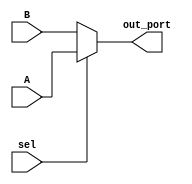
`timescale 1ns / 1ps
//////////////////////////////////////////////////////////////////////////////////
// 
// Design Name: 	 SUBLEQ-OISC
// Module Name:    mux_2x1 
// Project Name: 	 SUBLEQ
//////////////////////////////////////////////////////////////////////////////////
module mux_2x1(
    input [7:0] A,
    input [7:0] B,
    input sel,
    output [7:0] out_port
    );
assign out_port = (sel)? A: B;

endmodule